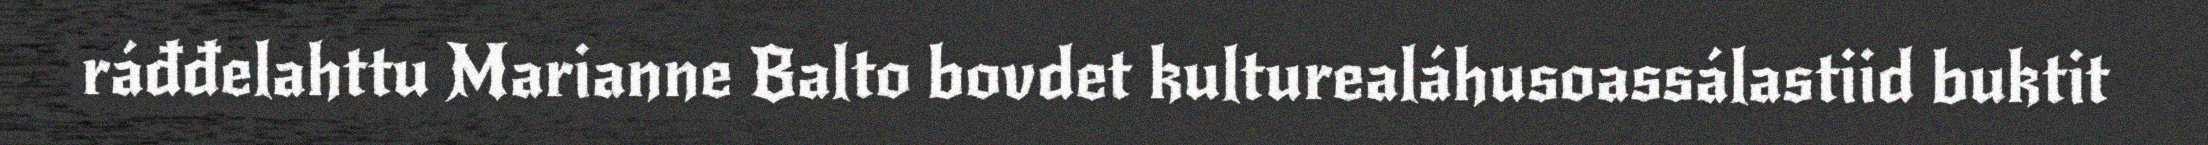
ráđđelahttu Marianne Balto bovdet kulturealáhusoassálastiid buktit